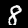
Label: 8